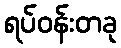
ရပ်ဝန်းတခု